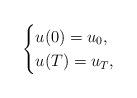
LaTeX: \begin{align*} \begin{cases} u(0) = u_0, \\ u(T) = u_T, \end{cases} \end{align*}